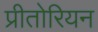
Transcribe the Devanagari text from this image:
प्रीतोरियन